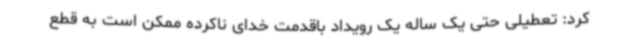
کرد: تعطیلی حتی یک ساله یک رویداد باقدمت خدای ناکرده ممکن است به قطع